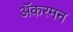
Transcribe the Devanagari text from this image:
ॲकरमन